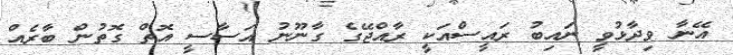
އޭނާ ވިދާޅުވީ ނައިބު ރައީސްއަކީ ރާއްޖޭގެ ގާނޫނު އަސާސީ އޮތް ގޮތުން ބާރެއް